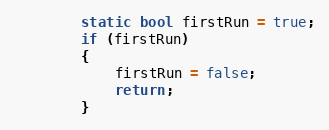
Language: C++
        static bool firstRun = true;
        if (firstRun)
        {
            firstRun = false;
            return;
        }